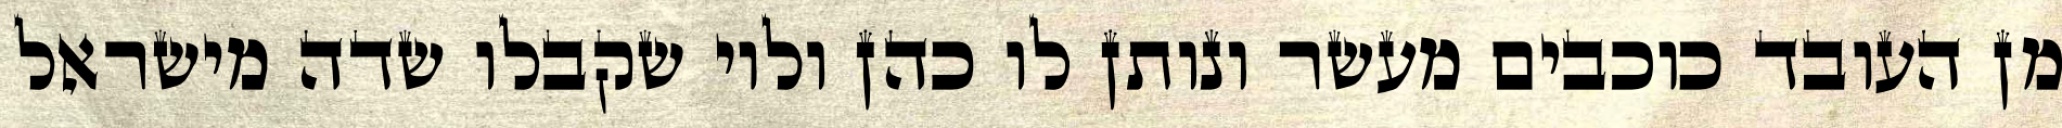
מן העובד כוכבים מעשר ונותן לו כהן ולוי שקבלו שדה מישראל